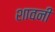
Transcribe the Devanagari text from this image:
शावनी